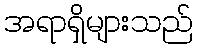
အရာရှိများသည်